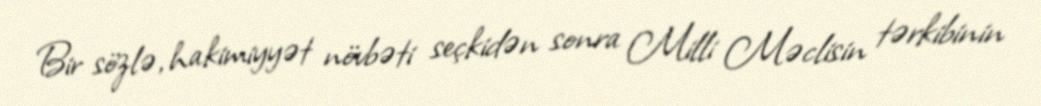
Bir sözlə, hakimiyyət növbəti seçkidən sonra Milli Məclisin tərkibinin